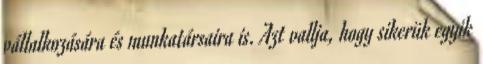
vállalkozására és munkatársaira is. Azt vallja, hogy sikerük egyik